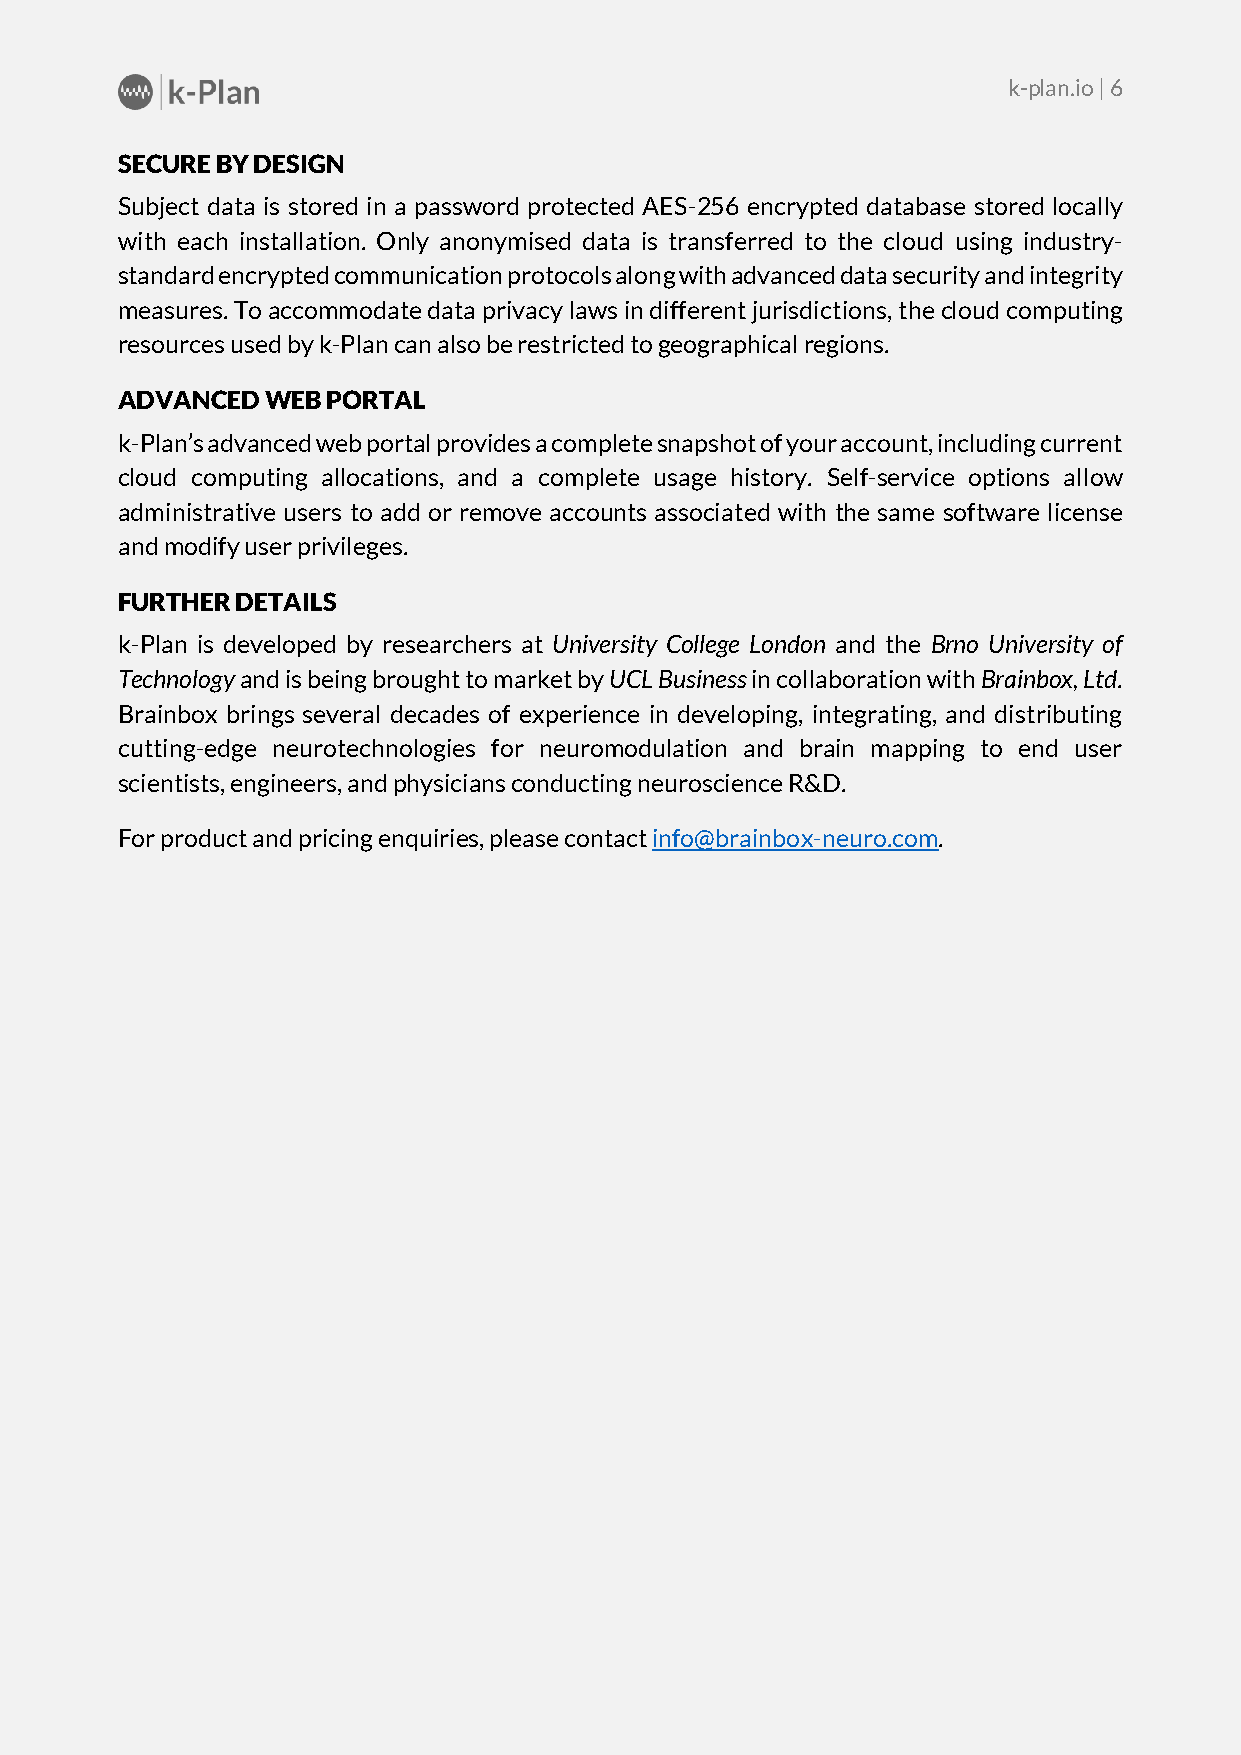
k-plan.io | 6
 SECURE BY DESIGN
 Subject data is stored in a password protected AES-256 encrypted database stored locally
 with each installation. Only anonymised data is transferred to the cloud using industry-
 standard encrypted communication protocols along with advanced data security and integrity
 measures. To accommodate data privacy laws in different jurisdictions, the cloud computing
 resources used by k-Plan can also be restricted to geographical regions.
 ADVANCED  WEB PORTAL
 k-Plan’s advanced web portal provides a complete snapshot of your account, including current
 cloud computing allocations, and a complete usage history. Self-service options allow
 administrative users to add or remove accounts associated with the same software license
 and modify user privileges.
 FURTHER DETAILS
 k-Plan is developed by researchers at University College London and the Brno University of
 Technology and is being brought to market by UCL Business in collaboration with Brainbox, Ltd.
 Brainbox brings several decades of experience in developing, integrating, and distributing
 cutting-edge neurotechnologies for neuromodulation and brain mapping to end user
 scientists, engineers, and physicians conducting neuroscience R&D.
 For product and pricing enquiries, please contact info@brainbox-neuro.com.